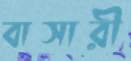
বাসারী